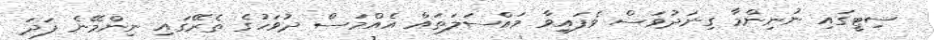
ސިޓީގައި ނުނިންމާ ގިނަދުވަސް ވެފައިވާ މައްސަލަތައް އެއްމަސް ދުވަހުގެ ތެރޭގައި ނިންމޭނެ ފަދަ